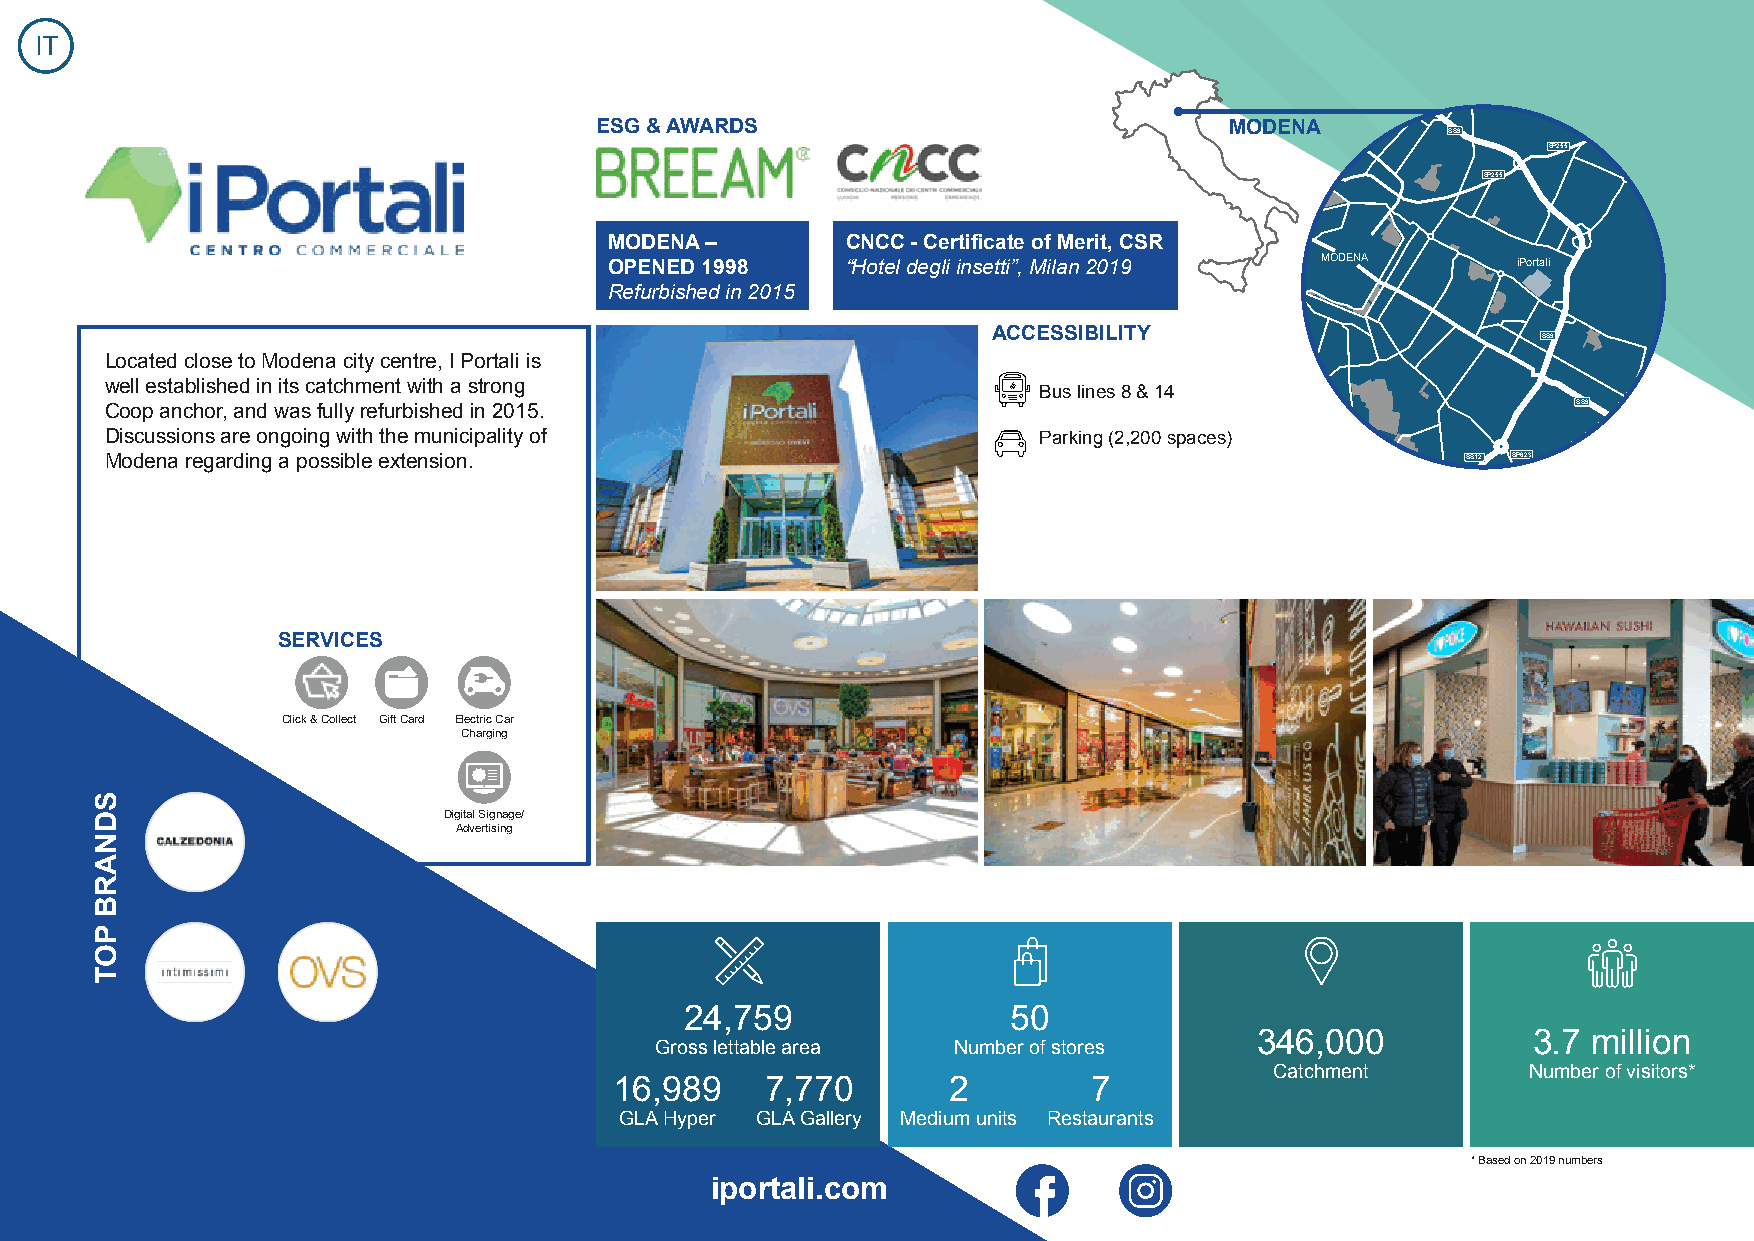
IT
 ESG & AWARDS                              MODENA
 SS9
 SP255
 SP255
 MODENA –        CNCC - Certificate of Merit, CSR
 OPENED 1998     “Hotel degli insetti”, Milan 2019 MODENA    iPortali
 Refurbished in 2015
 ACCESSIBILITY
 SS9
 Located close to Modena city centre, I Portali is
 well established in its catchment with a strong               Bus lines 8 & 14
 Coop anchor, and was fully refurbished in 2015.                                                  SS9
 Discussions are ongoing with the municipality of              Parking (2,200 spaces)
 Modena regarding a possible extension.                                                    SS12 SP623
 SERVICES
 Click & Collect Gift Card Electric Car
 Charging
 Digital Signage/
 Advertising
 24,759                50
 346,000           3.7 million
 Gross lettable area Number of stores
 Catchment        Number of visitors*
 16,989    7,770       2        7
 GLA Hyper GLA Gallery Medium units Restaurants
 * Based on 2019 numbers
 iportali.com
 SDNARB
 POT